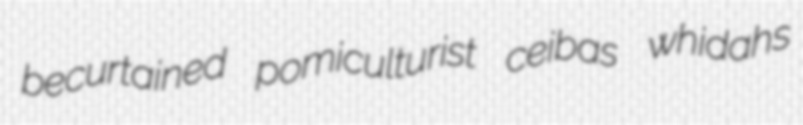
becurtained pomiculturist ceibas whidahs